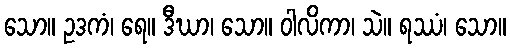
သော။ ဥဒကံ၊ ရေ။ ဒီဃာ၊ သော။ ဝါလိကာ၊ သဲ။ ရဿံ၊ သော။